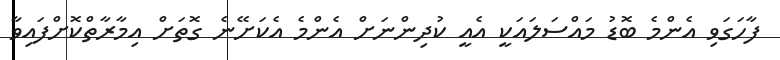
ފާހަގަވި އެންމެ ބޮޑު މައްސަލައަކީ އެއީ ކުދިންނަށް އެންމެ އެކަށޭނެ ގޮތަށް އިމާރާތްކޮށްފައިވާ